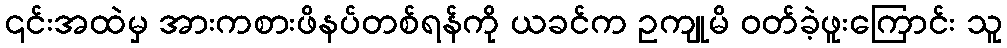
၎င်းအထဲမှ အားကစားဖိနပ်တစ်ရန်ကို ယခင်က ဥကျုမိ ဝတ်ခဲ့ဖူးကြောင်း သူ